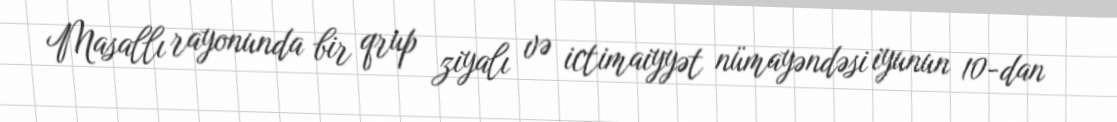
Masallı rayonunda bir qrup ziyalı və ictimaiyyət nümayəndəsi iyunun 10-dan